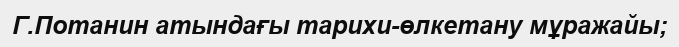
Г.Потанин атындағы тарихи-өлкетану мұражайы;